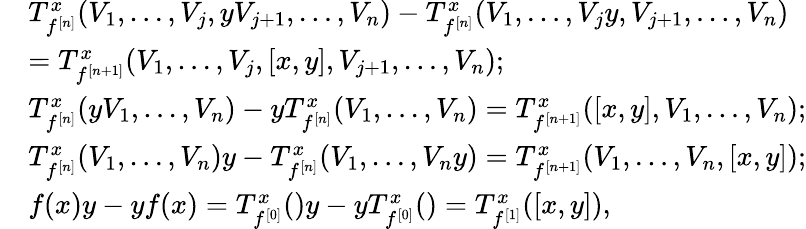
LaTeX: \begin{array}{rl}&{T_{f^{[n]}}^{x}(V_{1},\ldots,V_{j},yV_{j+1},\ldots,V_{n})-T_{f^{[n]}}^{x}(V_{1},\ldots,V_{j}y,V_{j+1},\ldots,V_{n})}\\ &{=T_{f^{[n+1]}}^{x}(V_{1},\ldots,V_{j},[x,y],V_{j+1},\ldots,V_{n});}\\ &{T_{f^{[n]}}^{x}(yV_{1},\ldots,V_{n})-yT_{f^{[n]}}^{x}(V_{1},\ldots,V_{n})=T_{f^{[n+1]}}^{x}([x,y],V_{1},\ldots,V_{n});}\\ &{T_{f^{[n]}}^{x}(V_{1},\ldots,V_{n})y-T_{f^{[n]}}^{x}(V_{1},\ldots,V_{n}y)=T_{f^{[n+1]}}^{x}(V_{1},\ldots,V_{n},[x,y]);}\\ &{f(x)y-yf(x)=T_{f^{[0]}}^{x}()y-yT_{f^{[0]}}^{x}()=T_{f^{[1]}}^{x}([x,y]),}\end{array}